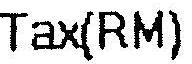
TAX(RM)